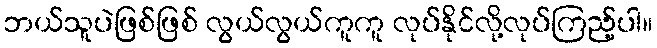
ဘယ်သူပဲဖြစ်ဖြစ် လွယ်လွယ်ကူကူ လုပ်နိုင်လို့လုပ်ကြည့်ပါ။